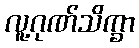
လူ့ဂုဏ်သိက္ခာ